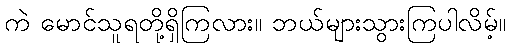
ကဲ မောင်သူရတို့ရှိကြလား။ ဘယ်များသွားကြပါလိမ့်။